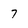
Character: 7